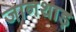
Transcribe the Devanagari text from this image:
जानथाड़